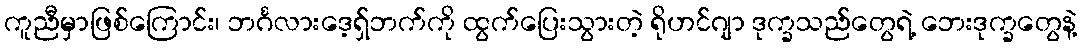
ကူညီမှာဖြစ်ကြောင်း၊ ဘင်္ဂလားဒေ့ရှ်ဘက်ကို ထွက်ပြေးသွားတဲ့ ရိုဟင်ဂျာ ဒုက္ခသည်တွေရဲ့ ဘေးဒုက္ခတွေနဲ့